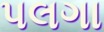
પલગા